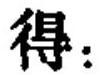
得：